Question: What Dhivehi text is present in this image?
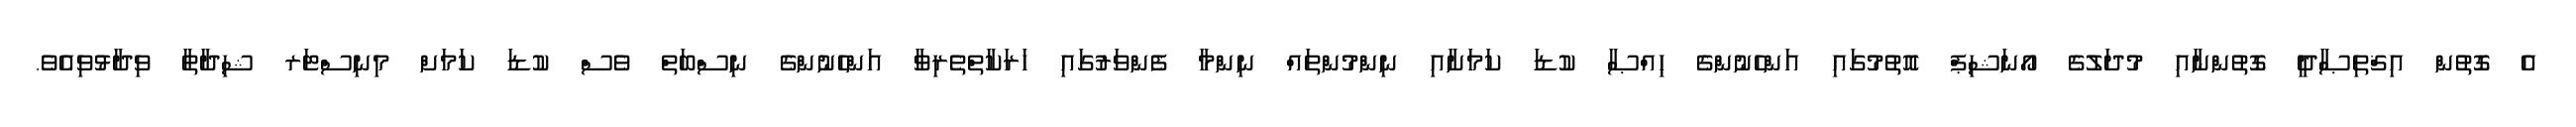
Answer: އެ ގޮތުން އިޤްތިޞާދީ ގޮތުންނާއި މުދަލުގެ އޯނަޝިޕް އޮތުމުގައި އަންހެނުންގެ ޙިއްޞާ ކުޑަ ކަމަށާއި ނިންމުންތައް ނިންމާ ފެންވަރުގައި ހަރަކާތްތެރިވާ އަންހެނުންގެ ނިސްބަތް ވެސް ކުޑަ ކަމަށް މިނިސްޓަރ ޝިދާތާ ވިދާޅުވިއެވެ.